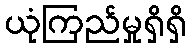
ယုံကြည်မှုရှိရှိ